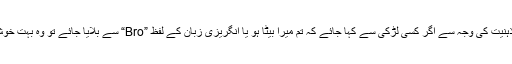
میں نے دیکھا ہے، کہ ہمارے معاشرے کی کند ذہنیت کی وجہ سے اگر کسی لڑکی سے کہا جائے کہ تم میرا بیٹا ہو یا انگریزی زبان کے لفظ ”Bro“ سے بلایا جائے تو وہ بہت خوش ہوتی ہے کہ اسے ایک لڑکا سمجھا جا رہا ہے۔